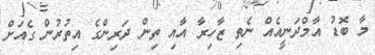
މާ ބޮޑު އާމްދަނީއެއް ނެތި ޒާހިރާ އާއި ތިން ދަރިންގެ އިތުރުން ގެއަށް